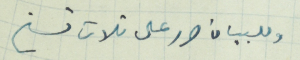
وللبيان حرر على ثلاث نسخ